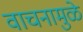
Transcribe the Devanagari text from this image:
वाचनामुळे